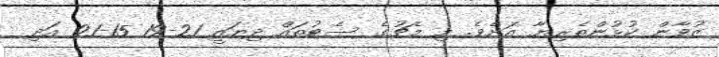
ޒުވާން ކުޅުންތެރިޔާ އަށެވެ. މި މެޗުގެ ސެޓުތައް ދިޔައީ 21-19 15-21 އަދި